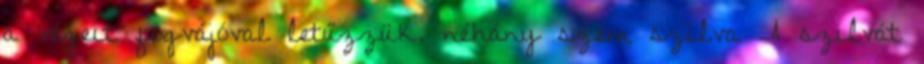
a végeit fogvájóval letűzzük. néhány szem szilva A szilvát